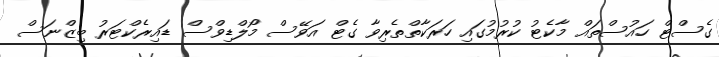
ގެސްޓް ހައުސްތައް މާކެޓު ކުރުމުގައި ހަރަކާތްތެރިވާ ގެޓް އަވޭސް މޯލްޑިވްސް ޑައިރެކްޓަރު ބިޒްނަސް